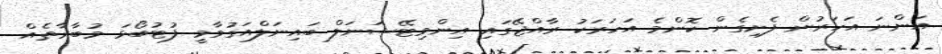
އަންނަ އަހަރުން ފެށިގެން ކޮންމެ އަހަރަކު ރާއްޖޭގައި އިންވިޓޭޝަނަލް ބައިނަލްއަގުވާމީ ފުޓުބޯޅަ މުބާރާތެއް